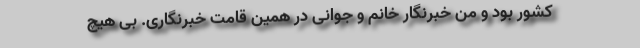
کشور بود و من خبرنگار خانم و جوانی در همین قامت خبرنگاری. بی هیچ